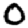
Digit: 0